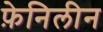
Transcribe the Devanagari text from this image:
फ़ेनिलीन